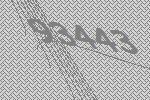
93443